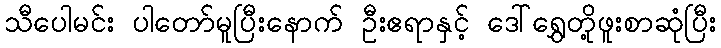
သီပေါမင်း ပါတော်မူပြီးနောက် ဦးဧရာနှင့် ဒေါ်ရွှေတို့ဖူးစာဆုံပြီး